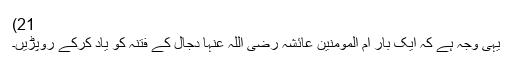
21)
یہی وجہ ہے کہ ایک بار ام المومنین عائشہ رضی اللہ عنہا دجال کے فتنہ کو یاد کرکے روپڑیں۔